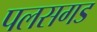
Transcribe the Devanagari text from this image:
पलसगड